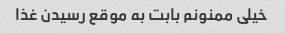
خیلی ممنونم بابت به موقع رسیدن غذا